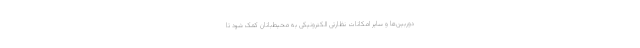
دوربین‌ها و سایر امکانات نظارتی الکترونیکی به محیط‌بانان کمک شود تا